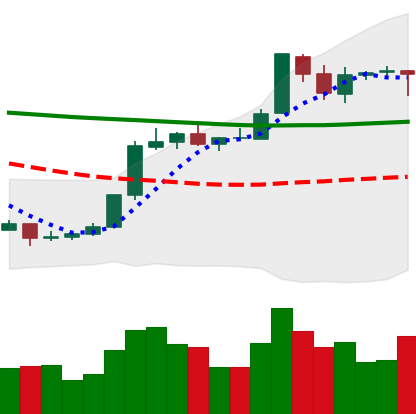
Ticker: BTC-USD
Chart end date: 2018-07-30
Forward return: -14.029%
Label: down_7plus